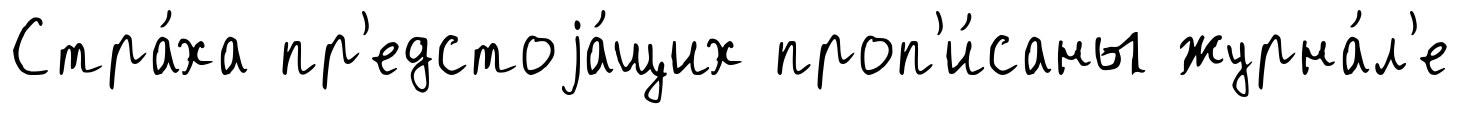
Стра́ха пр'едстоjа́щих проп'и́саны журна́л'е